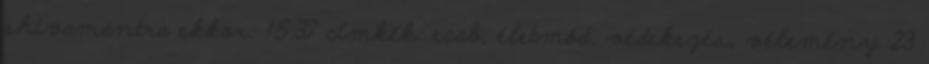
shivamantra ekkor: 15:37 címkék: ecab, életmód, védekezés, vélemény 23